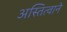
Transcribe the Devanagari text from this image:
अस्तित्‍वाने